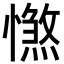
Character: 𢢴